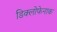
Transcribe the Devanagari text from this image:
डिक्लोफेनाक